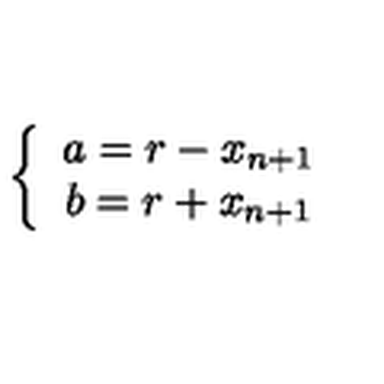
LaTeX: \left\{ \begin{array} { c } { a = r - x _ { n + 1 } } \\ { b = r + x _ { n + 1 } } \\ \end{array} \right.